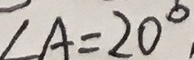
\angle A = 2 0 ^ { \circ }